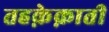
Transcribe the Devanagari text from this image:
तहक़ेक़ाती